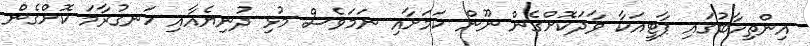
އިންތިހާބުގައި ޕާޓީއަކާ ވާދަކޮށްގެން ނޫން ކަމަށާއި ނަމަވެސް މުޅި ދުނިޔެއާއި ހަނގުރާމަ ކޮށްގެން